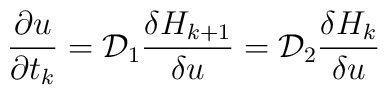
{\partial u\over \partial t_{k}} = {\cal D}_{1} {\delta H_{k+1}\over\delta u} = {\cal D}_{2} {\delta H_{k}\over \delta u}